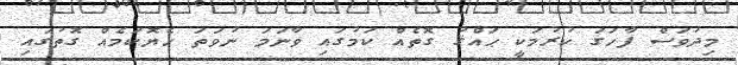
މިދުވަސް ފާހަގަ ކުރުމަކީ ޙައްްޤު ގޮތެއް ކަމުގައި ވާނަމަ ނުވަތަ ހެޔޮކަމެއް ގޮތުގައި